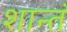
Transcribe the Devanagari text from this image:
शान्तं